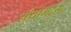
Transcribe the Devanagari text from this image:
संयोगद्रस